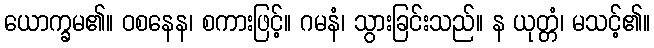
ယောက္ခမ၏။ ဝစနေန၊ စကားဖြင့်။ ဂမနံ၊ သွားခြင်းသည်။ န ယုတ္တံ၊ မသင့်၏။